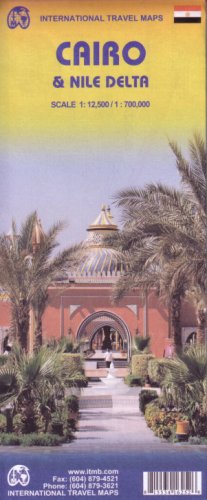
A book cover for Cairo & Nile Delta 1:12,5k / 1:700k Road and Travel Map (Egypt) (International Travel Maps); ITM Canada; Travel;